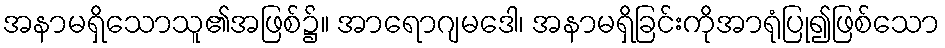
အနာမရှိသောသူ၏အဖြစ်၌။ အာရောဂျမဒေါ၊ အနာမရှိခြင်းကိုအာရုံပြု၍ဖြစ်သော